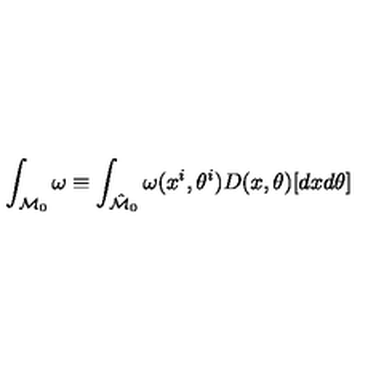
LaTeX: \int _ { { \cal M } _ { 0 } } \omega \equiv \int _ { \hat { \cal M } _ { 0 } } \omega ( x ^ { i } , \theta ^ { i } ) D ( x , \theta ) [ d x d \theta ]